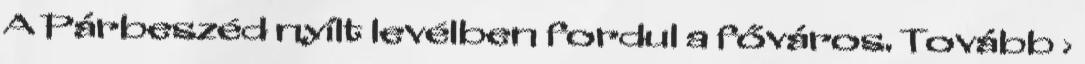
A Párbeszéd nyílt levélben fordul a főváros. Tovább ›